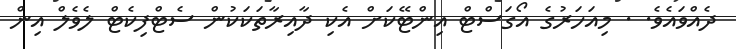
ދެއްވައެވެ. . މިއަހަރުގެ އޯގަސްޓް އިންޓޭކަށް އެކި ދާއިރާތަކަކުން ސެޓްފިކެޓް ލެވެލް އިން